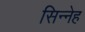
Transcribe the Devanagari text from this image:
सिन्नेह